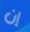
إن